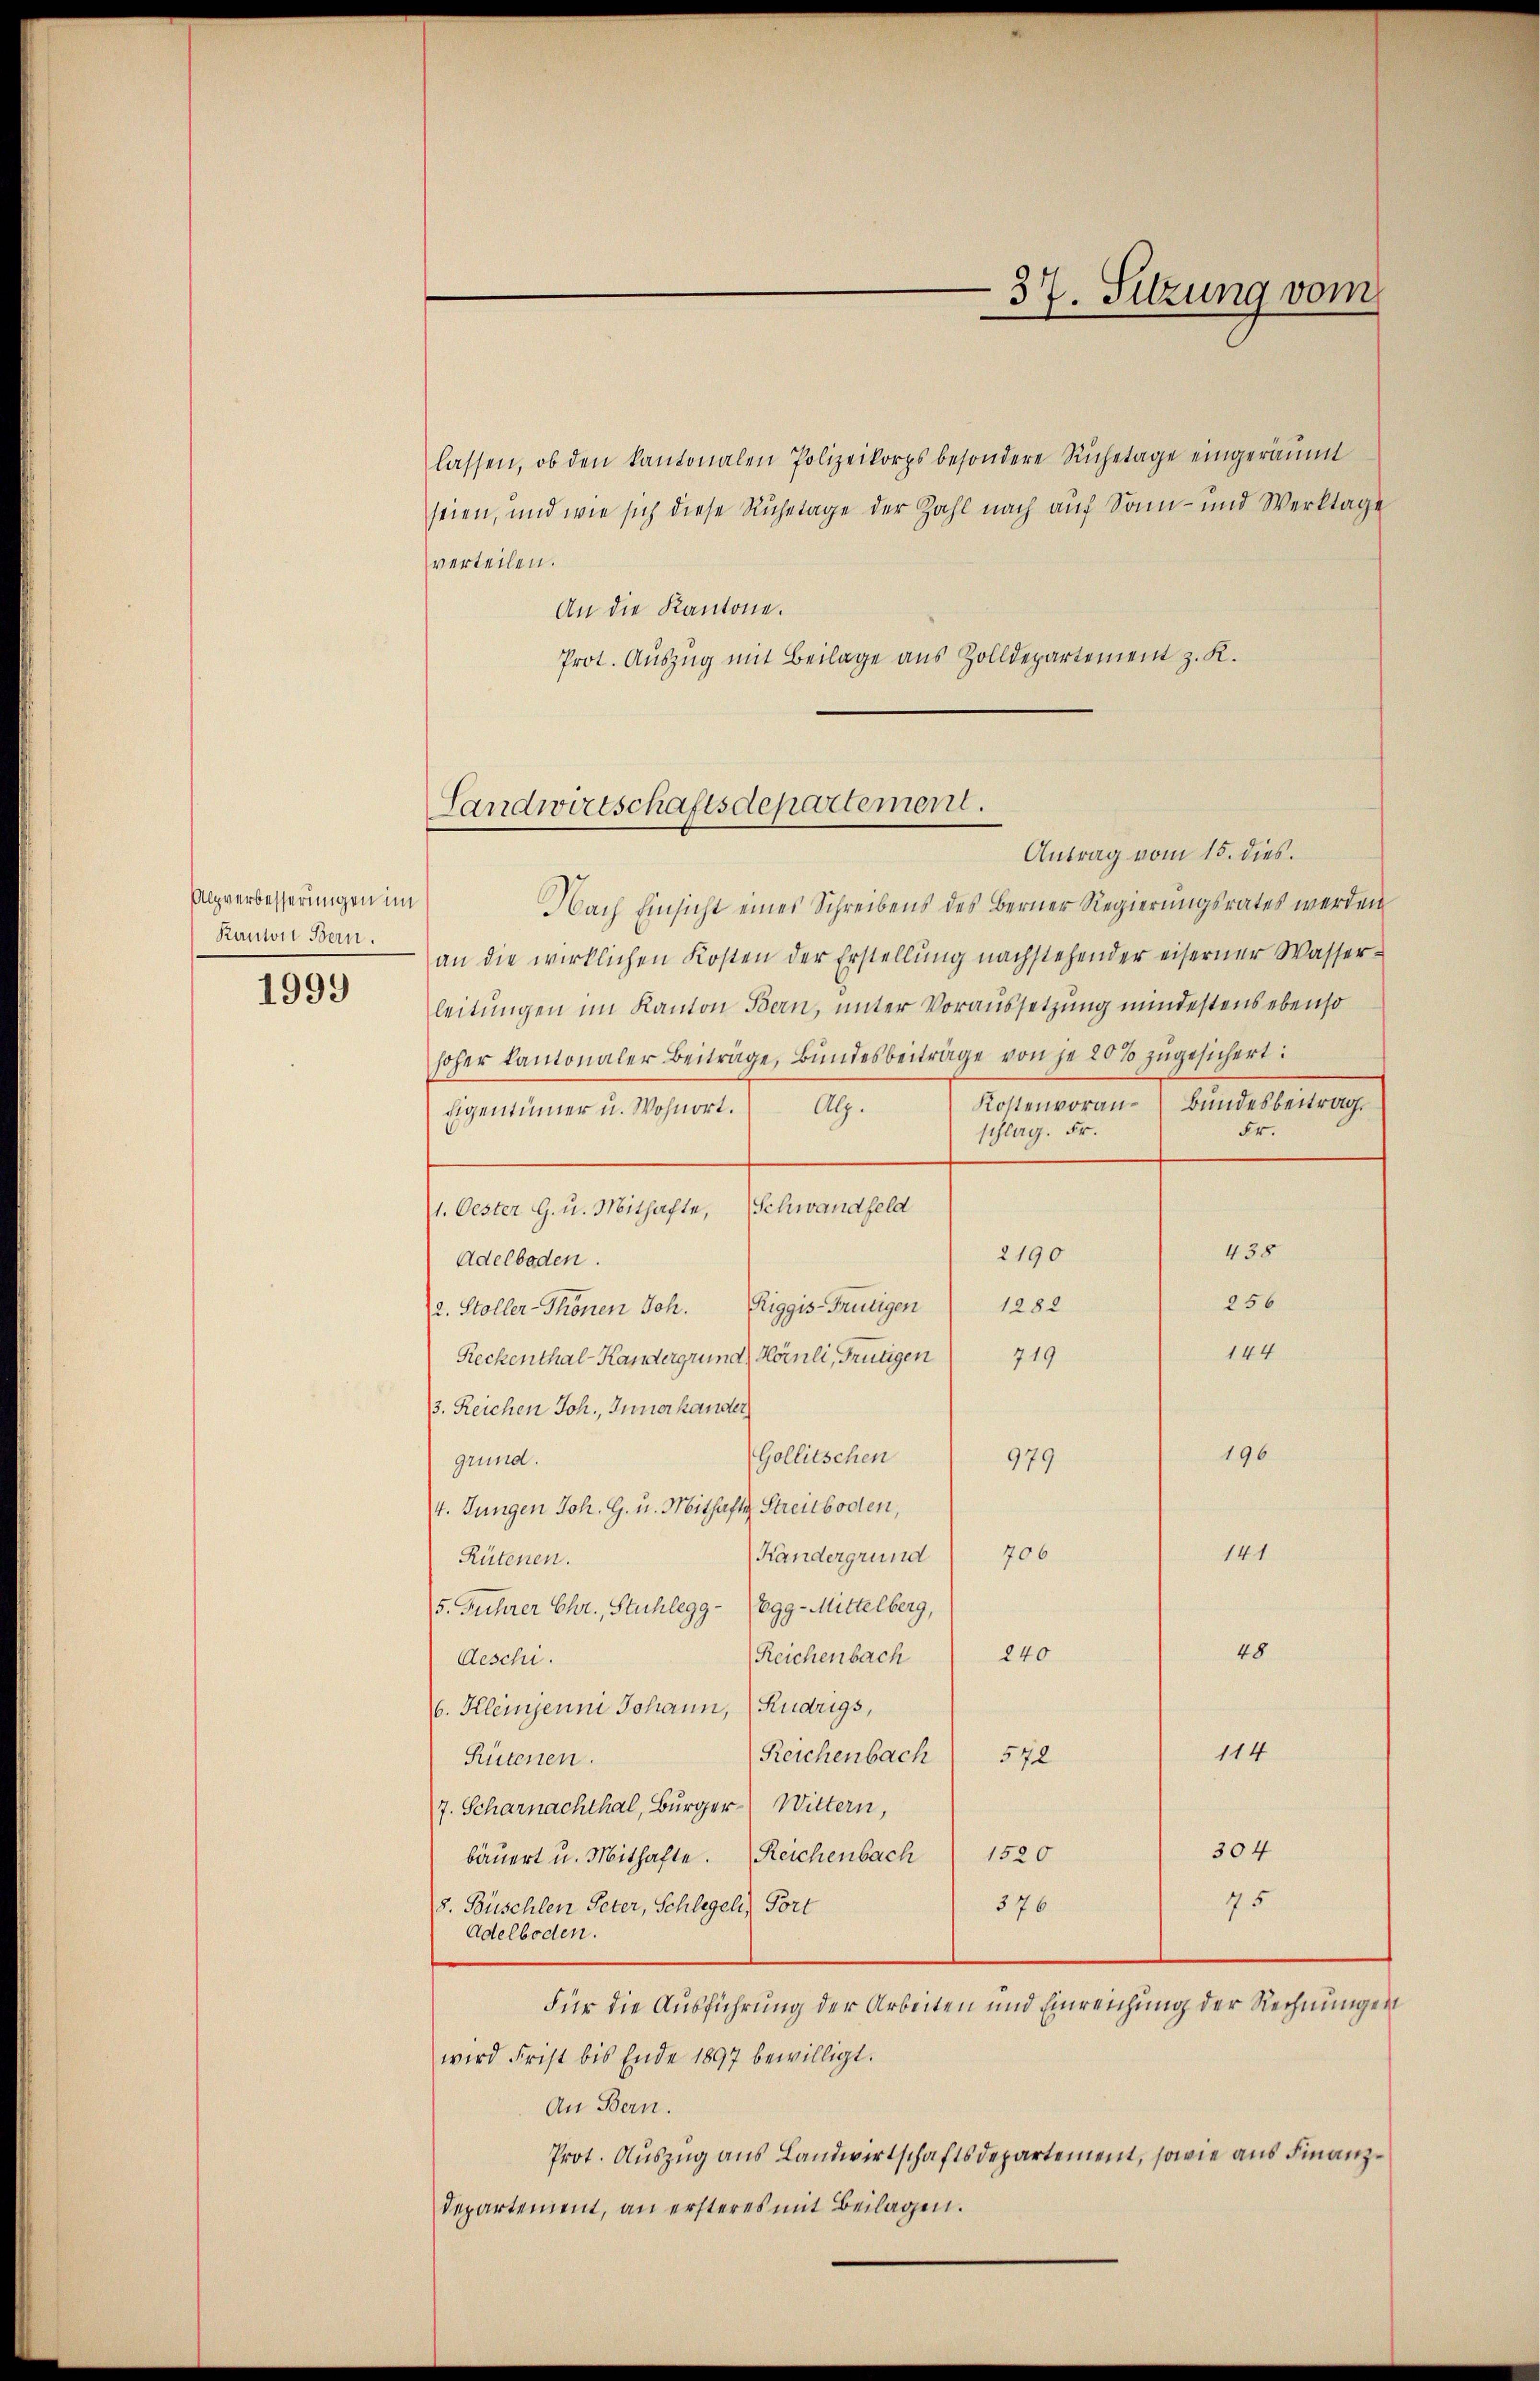
Alpverbesserungen im
Kanton Bern.
1999

lassen, ob den kantonalen Polizeikorps besondere Ruhetage eingeräumt
seien, und wie sich diese Ruhetage der Zahl nach auf Sonn- und Werktage
verteilen.
An die Kantone.
Prot. Auszug mit Beilage aus Zolldepartement z. K.

Landwirtschaftsdepartement.

37. Sitzung vom

Antrag vom 15. dies.
Nach Einsicht eines Schreibens des Berner Regierungsrates werden
an die wirklichen Kosten der Erstellŭng nachstehender eiserner Wasser-
leitungen im Kanton Bern, unter Voraussetzung mindestens ebenso
hoher kantonaler Beiträge, Bundesbeiträge von je 20% zugesichert:
Kostenvoran- Bundesbeitrag.
Eigentümer u. Wohnort. Alp.
Fr.
schlag. Fr.
1. Oester G. u. Mithafte, Schwandfeld
438
2190
Adelboden.
256
1282
2. Stoller-Thönen Joh. Riggis-Frutigen
144
Reckenthal-Kandergrund Hörnli, Frutigen 719
3. Reichen Joh., Innerhander
196
Gollitschen
979
grund.
4. Jungen Joh. G. u. Mithafte Streitboden,
141
Kandergrund 706
Rütenen.
5. Fuhrer Chr., Stuhlegg - Egg-Mittelberg,
48
Reichenbach 240
Aeschi.
6. Kleinsenni Johann, (Kudrigs,
114
Reichenbach 572
Rütenen.
7. Scharnachthal, Burger Wittern,
304
1520
bäuert u. Mithafte. Reichenbach
75
376
8. Büschlen Peter, Schlegel, Port
Adelboden.
Für die Ausführung der Arbeiten und Einreichung der Rechnungen
wird Frist bis Ende 1897 bewilligt.
An Bern.
Prot. Auszug aus Landwirtschaftsdepartement, sowie aus Finanz¬
Departement, an ersteres mit Beilagen.